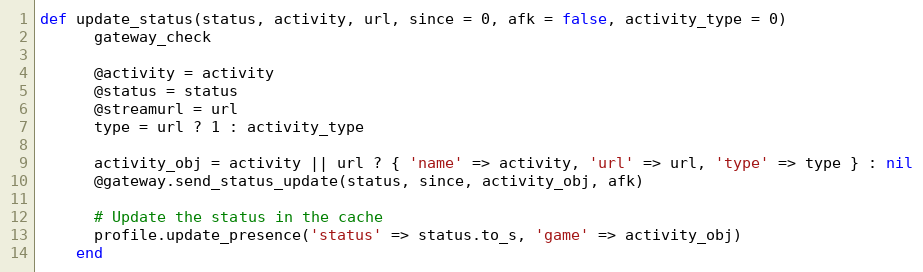
Language: Ruby
def update_status(status, activity, url, since = 0, afk = false, activity_type = 0)
      gateway_check

      @activity = activity
      @status = status
      @streamurl = url
      type = url ? 1 : activity_type

      activity_obj = activity || url ? { 'name' => activity, 'url' => url, 'type' => type } : nil
      @gateway.send_status_update(status, since, activity_obj, afk)

      # Update the status in the cache
      profile.update_presence('status' => status.to_s, 'game' => activity_obj)
    end